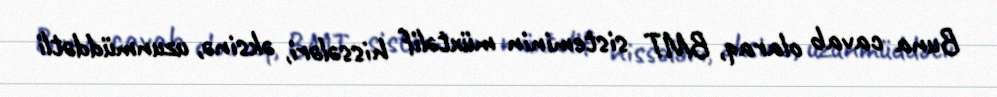
Buna cavab olaraq, BMT sisteminin müxtəlif hissələri, əksinə, uzunmüddətli